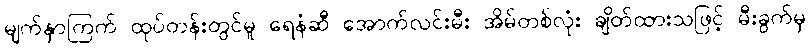
မျက်နှာကြက် ထုပ်တန်းတွင်မူ ရေနံဆီ အောက်လင်းမီး အိမ်တစ်လုံး ချိတ်ထားသဖြင့် မီးခွက်မှ